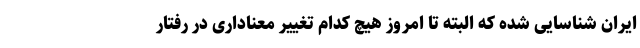
ایران شناسایی شده که البته تا امروز هیچ کدام تغییر معناداری در رفتار